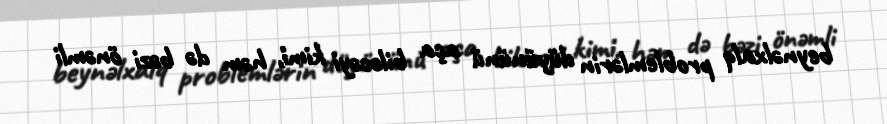
beynəlxalq problemlərin düyününü aça biləcəyi kimi, həm də bəzi önəmli